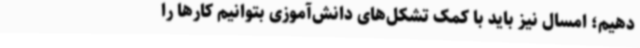
دهیم؛ امسال نیز باید با کمک تشکل‌های دانش‌آموزی بتوانیم کارها را